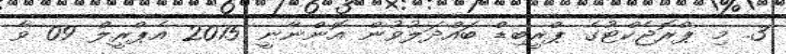
3. މި ޕްރޮޖެކްޓުގެ ޕްރީބިޑް ބައްދަލުވުން އޮންނާނީ 2015 އެޕްރީލް 09 ވާ